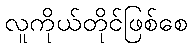
လူကိုယ်တိုင်ဖြစ်စေ